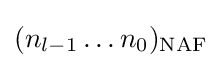
(n_{l-1}\dots n_{0})_{\text{NAF}}